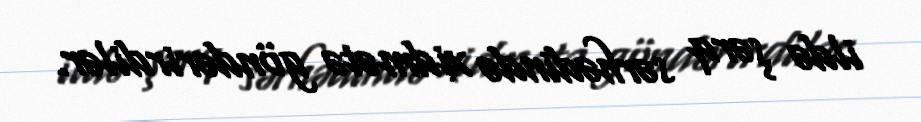
ildə şərq sərhədində xidmətə göndərirdilər.